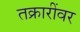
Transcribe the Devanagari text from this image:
तक्रारींवर